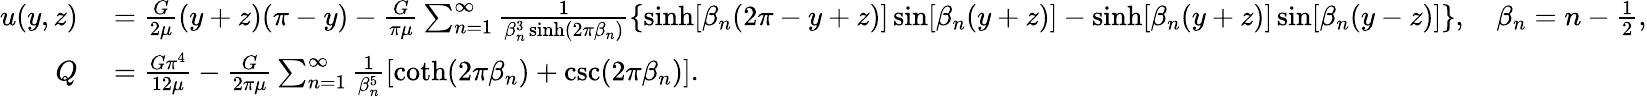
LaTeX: \begin{array}{rl}{u(y,z)}&{{}={\frac{G}{2\mu}}(y+z)(\pi-y)-{\frac{G}{\pi\mu}}\sum_{n=1}^{\infty}{\frac{1}{\beta_{n}^{3}\sinh(2\pi\beta_{n})}}\{ \sinh[\beta_{n}(2\pi-y+z)]\sin[\beta_{n}(y+z)]-\sinh[\beta_{n}(y+z)]\sin[\beta_{n}(y-z)]\} ,\quad\beta_{n}=n-{\frac{1}{2}},}\\ {Q}&{{}={\frac{G\pi^{4}}{12\mu}}-{\frac{G}{2\pi\mu}}\sum_{n=1}^{\infty}{\frac{1}{\beta_{n}^{5}}}[\coth(2\pi\beta_{n})+\csc(2\pi\beta_{n})].}\end{array}